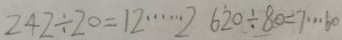
2 4 2 \div 2 0 = 1 2 \cdots 2 6 2 0 \div 8 0 = 7 \cdots 6 0